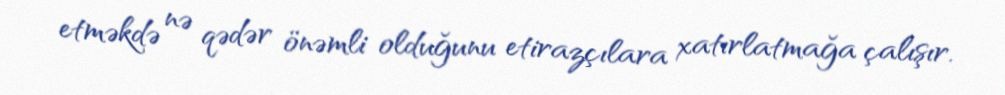
etməkdə nə qədər önəmli olduğunu etirazçılara xatırlatmağa çalışır.